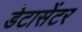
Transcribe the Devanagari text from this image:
डेटासेंटर